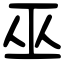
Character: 巫